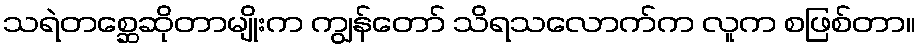
သရဲတစ္ဆေဆိုတာမျိုးက ကျွန်တော် သိရသလောက်က လူက စဖြစ်တာ။